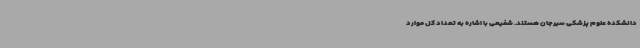
دانشکده علوم پزشکی سیرجان هستند. شفیعی با اشاره به تعداد کل موارد